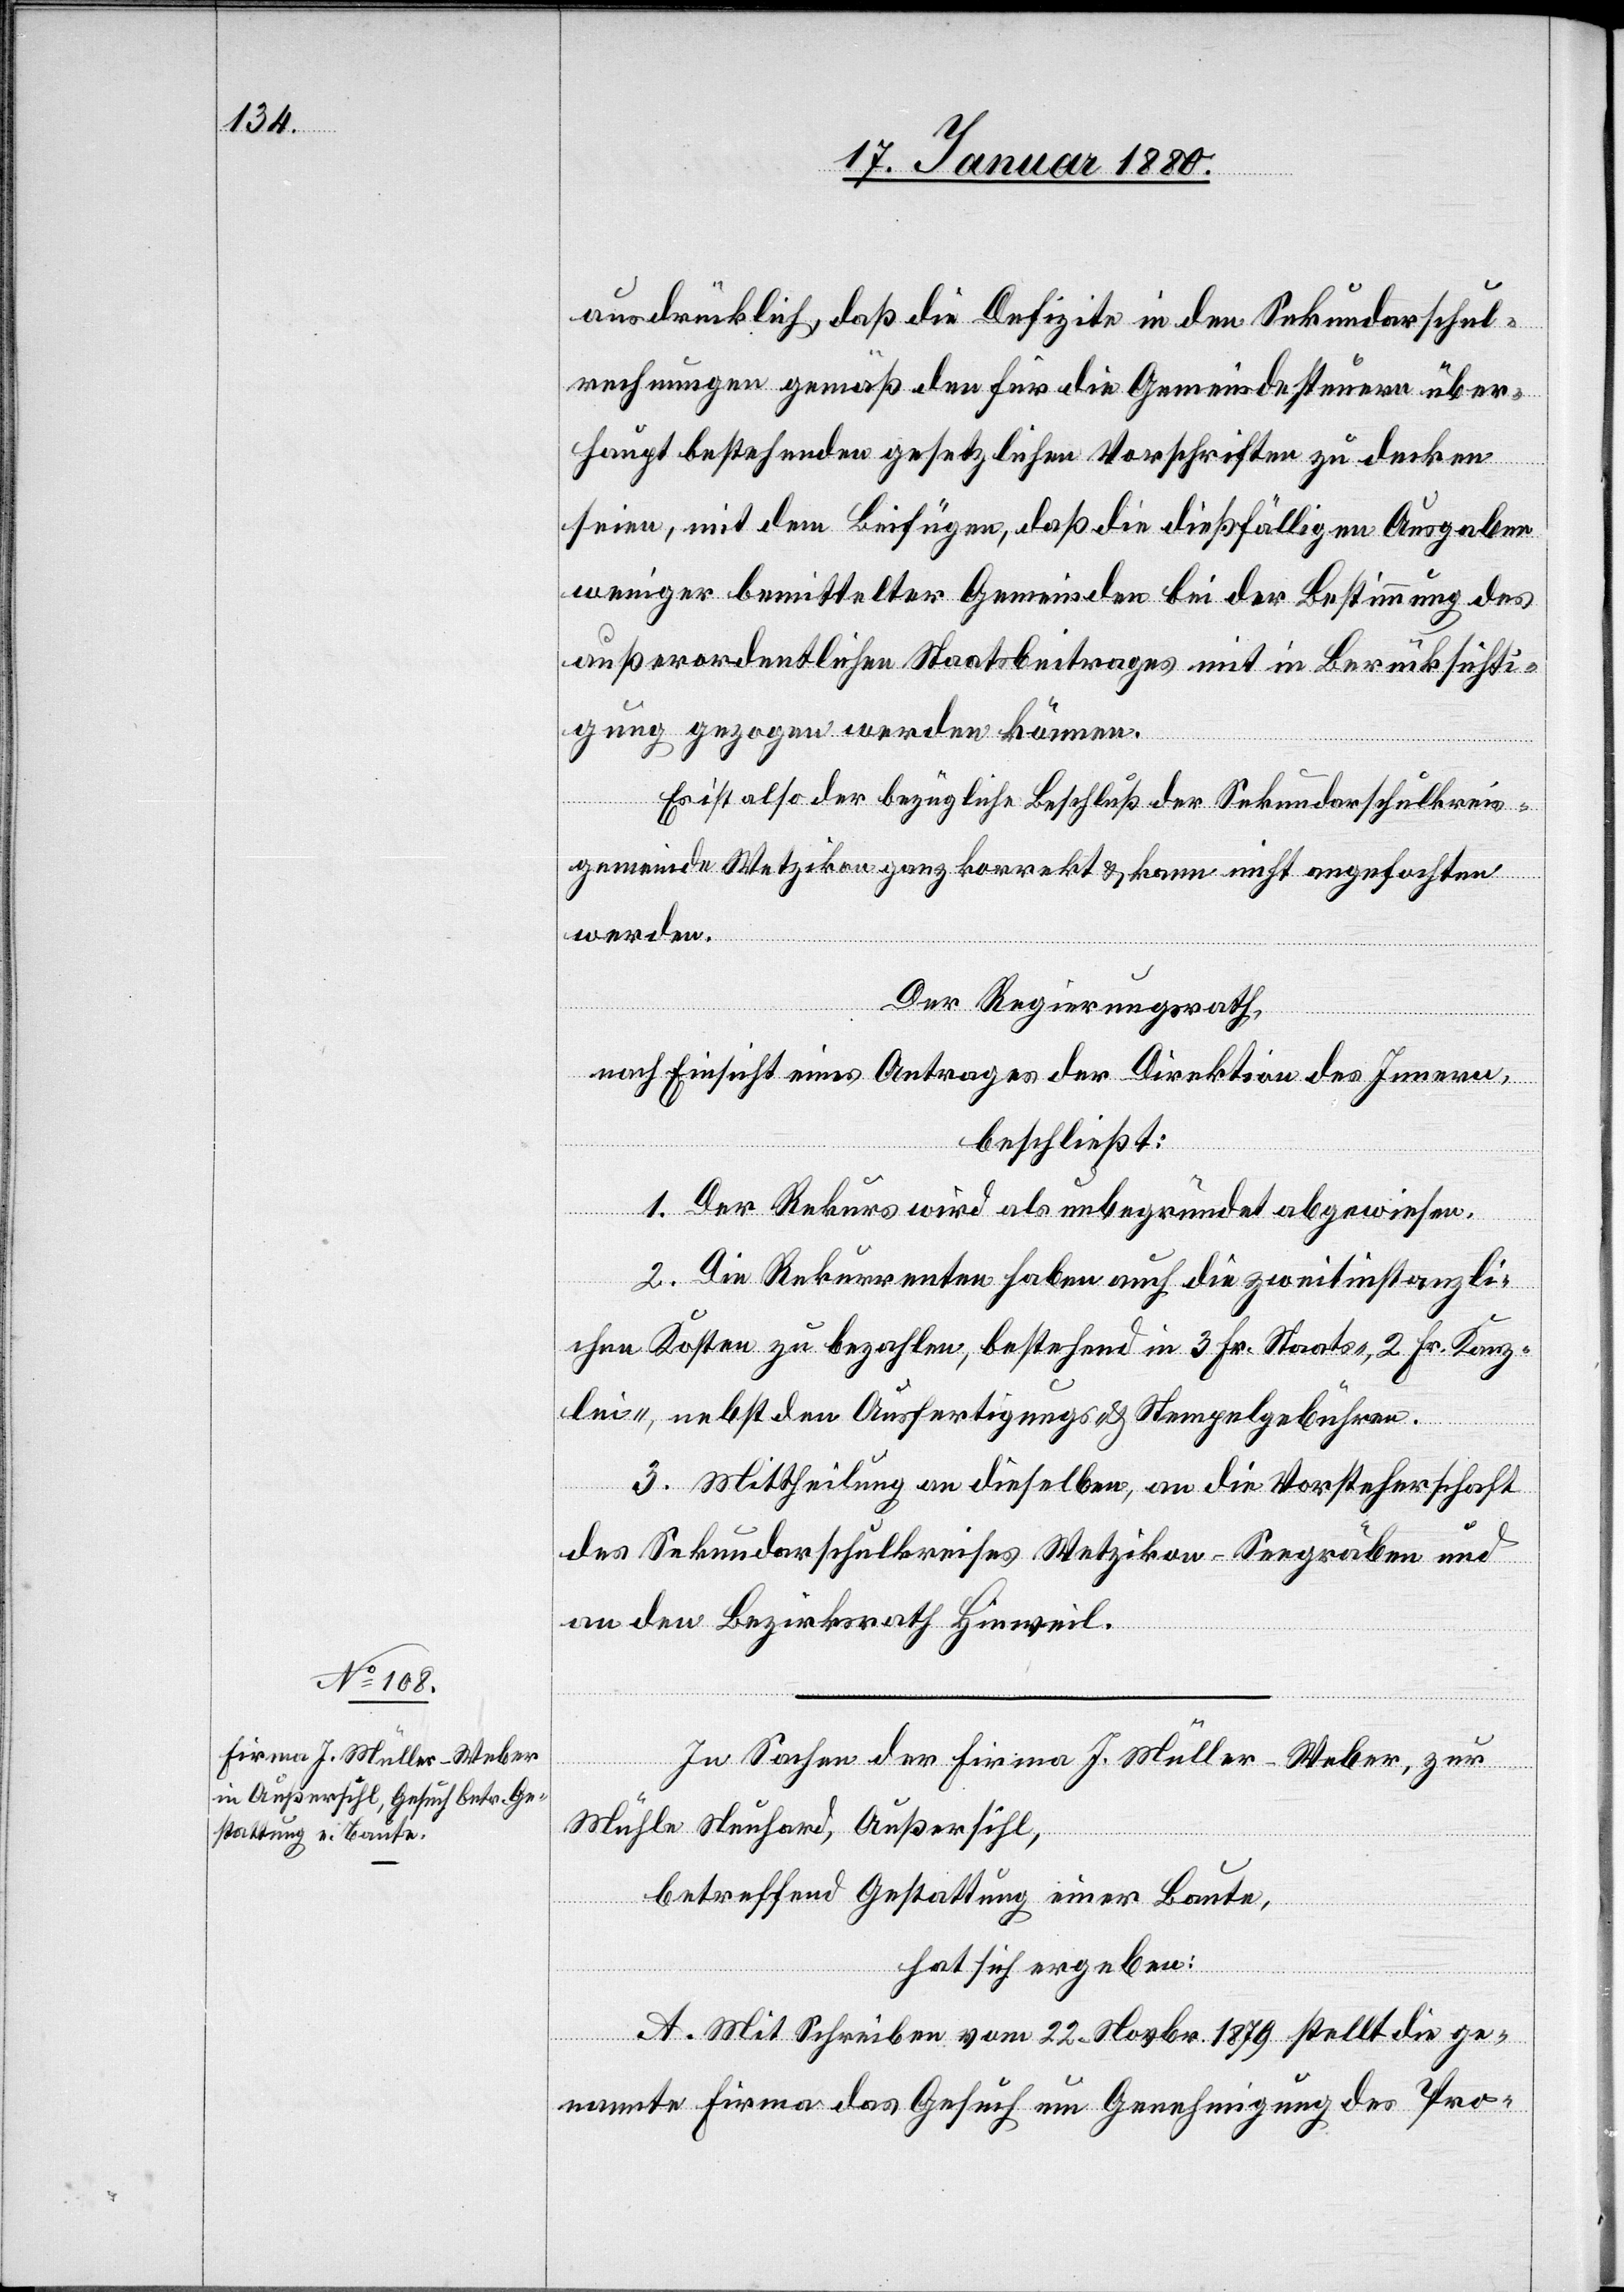
ausdrücklich, daß die Defizite in den Sekundarschul¬
rechnungen gemäß den für die Gemeindesteuern über¬
haupt bestehenden gesetzlichen Vorschriften zu decken
seien, mit dem Beifügen, daß dießfälligen Ausgaben
weniger bemittelter Gemeinden bei der Bestimmung des
außerordentlichen Staatsbeitrages mit in Berücksichti¬
gung gezogen werden können.
Es ist also der bezügliche Beschluß der Sekundarschulkreis¬
gemeinde Wetzikon ganz korrekt & kann nicht angefochten
werden.
Der Regierungsrath;
nach Einsicht eines Antrages der Direktion des Innern,
beschließt:
1. Der Rekurs wird als unbegründet abgewiesen.
2. Die Rekurrenten haben auch die zweitinstanzli¬
chen Kosten zu bezahlen, bestehend in 3 Fr. Staats-[,] 2 Fr. Kanz¬
lei-, nebst den Ausfertigungs- & Stempelgebühren.
3. Mittheilung an dieselben, an die Vorsteherschaft
des Sekundarschulkreises Wetzikon - Seegräben und
an den Bezirksrath Hinweil.
In Sachen der Firma J. Müller Weber, zur
Mühle Neuhard, Außersihl,
betreffend Gestattung einer Baute,
hat sich ergeben:
A. Mit Schreiben vom 22. Novbr. 1879 stellt die ge¬
nannte Firma das Gesuch um Genehmigung des Pro-